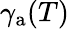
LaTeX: \gamma_{\mathrm{a}}(T)